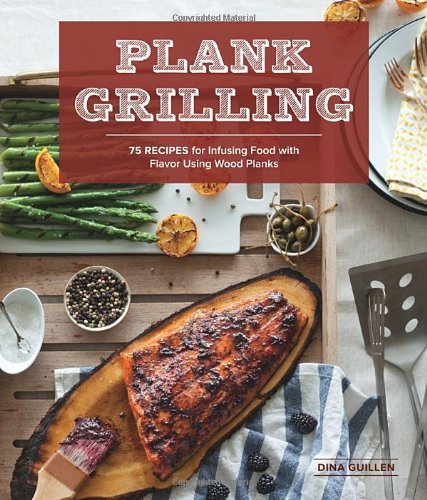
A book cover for Plank Grilling: 75 Recipes for Infusing Food with Flavor Using Wood Planks; Dina Guillen; Cookbooks, Food & Wine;